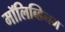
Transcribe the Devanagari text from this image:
मॉलिब्डिनम